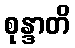
စုန္ဒာတိ